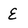
Character: E